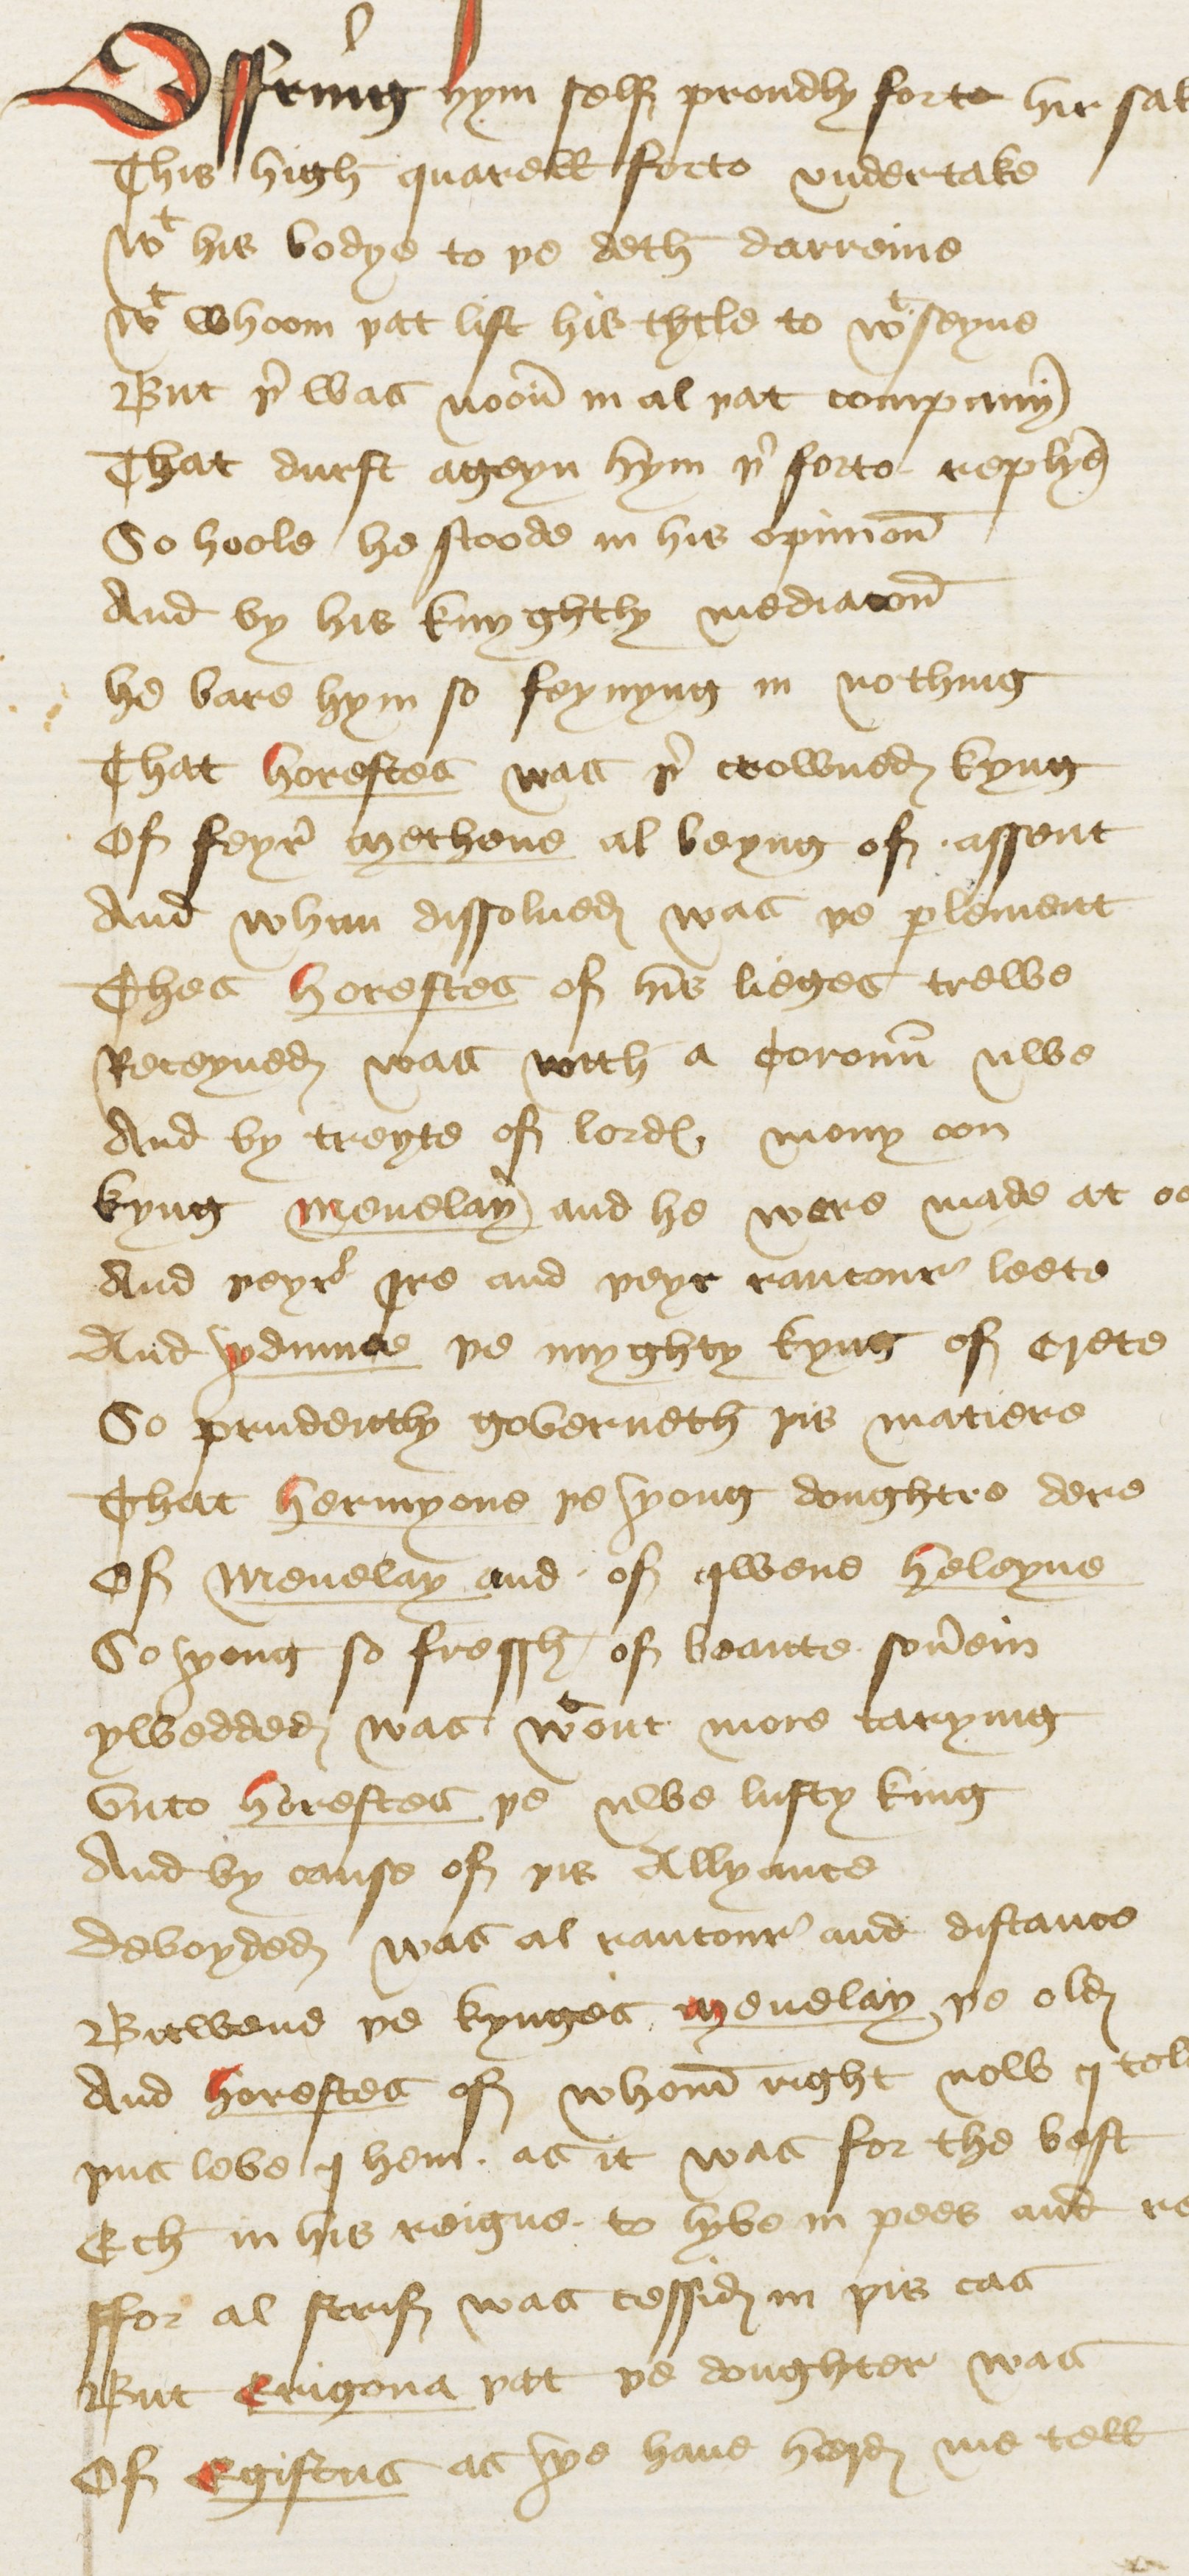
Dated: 1440–1460